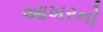
આખરનો